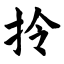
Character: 拎